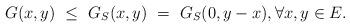
LaTeX: \begin{align*}G(x,y) ~\leq~G_S(x,y) ~=~ G_S(0, y-x), \forall x,y\in E.\end{align*}